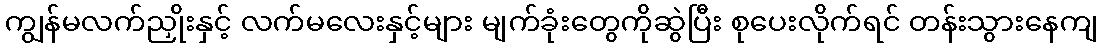
ကျွန်မလက်ညှိုးနှင့် လက်မလေးနှင့်များ မျက်ခုံးတွေကိုဆွဲပြီး စုပေးလိုက်ရင် တန်းသွားနေကျ